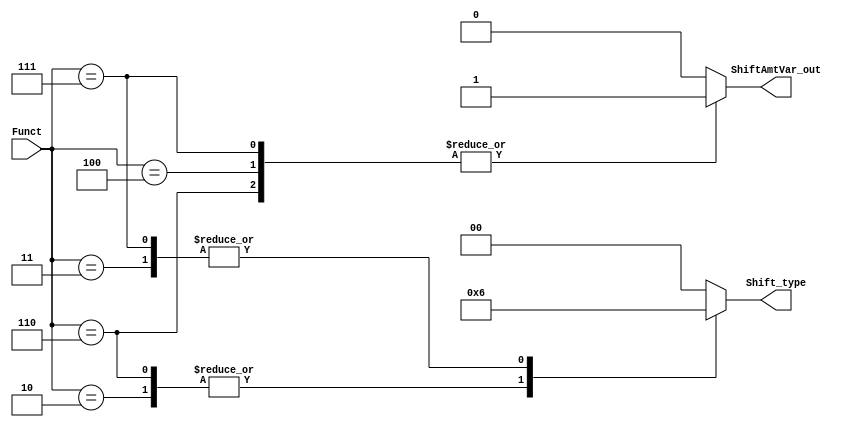
//////////////////////////////////////////////////////////////////
//                                                              //
//  Shift decoder for Edge Core                                 //       
//                                                              //
//  This file is part of the Edge project                       //
//  http://www.opencores.org/project,edge                       //
//                                                              //
//  Description                                                 //
//  Shift decoder is part of the main controller/decoder at     //
//  decode stage. It decodes MIPS instruction and produces      //
//  control signals for the shift unit.
//                                                              //
//  Author(s):                                                  //
//      - Hesham AL-Matary, heshamelmatary@gmail.com            //
//                                                              //
//////////////////////////////////////////////////////////////////
//                                                              //
// Copyright (C) 2014 Authors and OPENCORES.ORG                 //
//                                                              //
// This source file may be used and distributed without         //
// restriction provided that this copyright statement is not    //
// removed from the file and that any derivative work contains  //
// the original copyright notice and the associated disclaimer. //
//                                                              //
// This source file is free software; you can redistribute it   //
// and/or modify it under the terms of the GNU Lesser General   //
// Public License as published by the Free Software Foundation; //
// either version 2.1 of the License, or (at your option) any   //
// later version.                                               //
//                                                              //
// This source is distributed in the hope that it will be       //
// useful, but WITHOUT ANY WARRANTY; without even the implied   //
// warranty of MERCHANTABILITY or FITNESS FOR A PARTICULAR      //
// PURPOSE.  See the GNU Lesser General Public License for more //
// details.                                                     //
//                                                              //
// You should have received a copy of the GNU Lesser General    //
// Public License along with this source; if not, download it   //
// from http://www.opencores.org/lgpl.shtml                     //
//                                                              //
//////////////////////////////////////////////////////////////////

/* Shift unit control */
`define SLL_CTRL		2'b00
`define SRL_CTRL	 	2'b01
`define SRA_CTRL		2'b10

/* Shift Encoding */
`define SLL_FUNCT		6'b000000 // 0 
`define SRL_FUNCT		6'b000010 // 2
`define SRA_FUNCT		6'b000011 // 3
`define SLLV_FUNCT	6'b000100 // 4
`define SRLV_FUNCT	6'b000110 // 6
`define SRAV_FUNCT	6'b000111 // 7

module shifter_decoder
(
  input[5:0] Funct,
  
  output reg ShiftAmtVar_out,
  output reg[1:0] Shift_type
);

always @*
begin
  ShiftAmtVar_out = 1'b0;
  Shift_type <= 2'b00;

  case (Funct)
    `SLL_FUNCT : Shift_type <= `SLL_CTRL;
    `SLLV_FUNCT : 
      begin
        Shift_type <= `SLL_CTRL;
        ShiftAmtVar_out = 1'b1;
      end
    `SRL_FUNCT : Shift_type <= `SRL_CTRL;
    `SRLV_FUNCT : 
      begin
        Shift_type <= `SRL_CTRL;
        ShiftAmtVar_out = 1'b1;
      end
    `SRA_FUNCT : Shift_type <= `SRA_CTRL;
    `SRAV_FUNCT : 
      begin
        Shift_type <= `SRA_CTRL;
        ShiftAmtVar_out = 1'b1;
      end
    
  endcase
end

endmodule